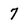
Character: 7